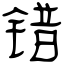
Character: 错